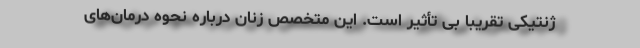
ژنتیکی تقریباً بی تأثیر است. این متخصص زنان درباره نحوه درمان‌های